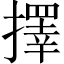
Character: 擇